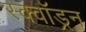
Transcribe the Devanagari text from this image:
स्क्वाॅड्रन